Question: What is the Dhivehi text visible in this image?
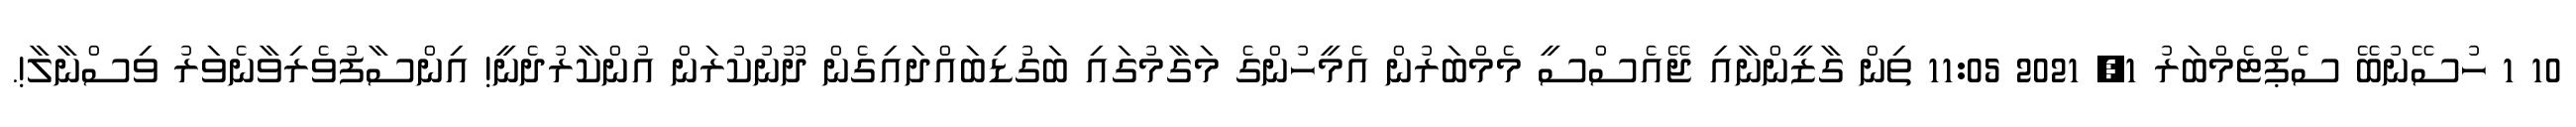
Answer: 10 1 ހުސޭނުބޭ ސެޕްޓެމްބަރު 1, 2021 11:05 ތިން ގާޒީންނާއި ޖޭއެސްސީ މެމްބަރުން އެމީހުންގެ މަގާމުގައި ބަގުޑިބައްދައިގެން ދޫނުކުރަން އުންކާރުދެނީ! އިންސާފުވެރިވާނެވަރު ވިސްނާލާ!.